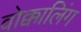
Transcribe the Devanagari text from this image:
वोक्कालिंग